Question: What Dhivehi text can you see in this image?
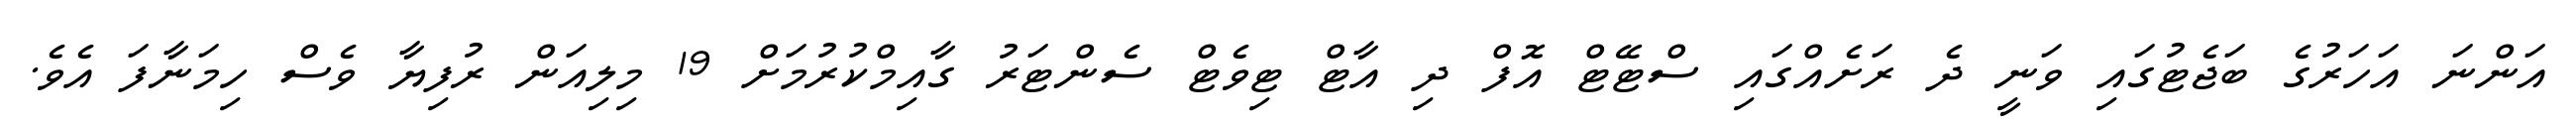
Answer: އަންނަ އަހަރުގެ ބަޖެޓުގައި ވަނީ ދެ ރަށެއްގައި ސްޓޭޓް އޮފް ދި އާޓް ޓިވެޓް ސެންޓަރު ގާއިމްކުރުމަށް 19 މިލިއަން ރުފިޔާ ވެސް ހިމަނާފަ އެވެ.